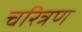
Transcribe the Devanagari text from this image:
चरित्रण